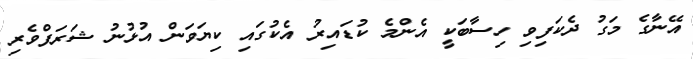
އޭނާގެ މަގު ދެކަފިވި ހިސާބަކީ އެންމެ ކުޑައިރު އެކުގައި ކިޔަވަން އުޅުނު ޝަރަފްވެރި